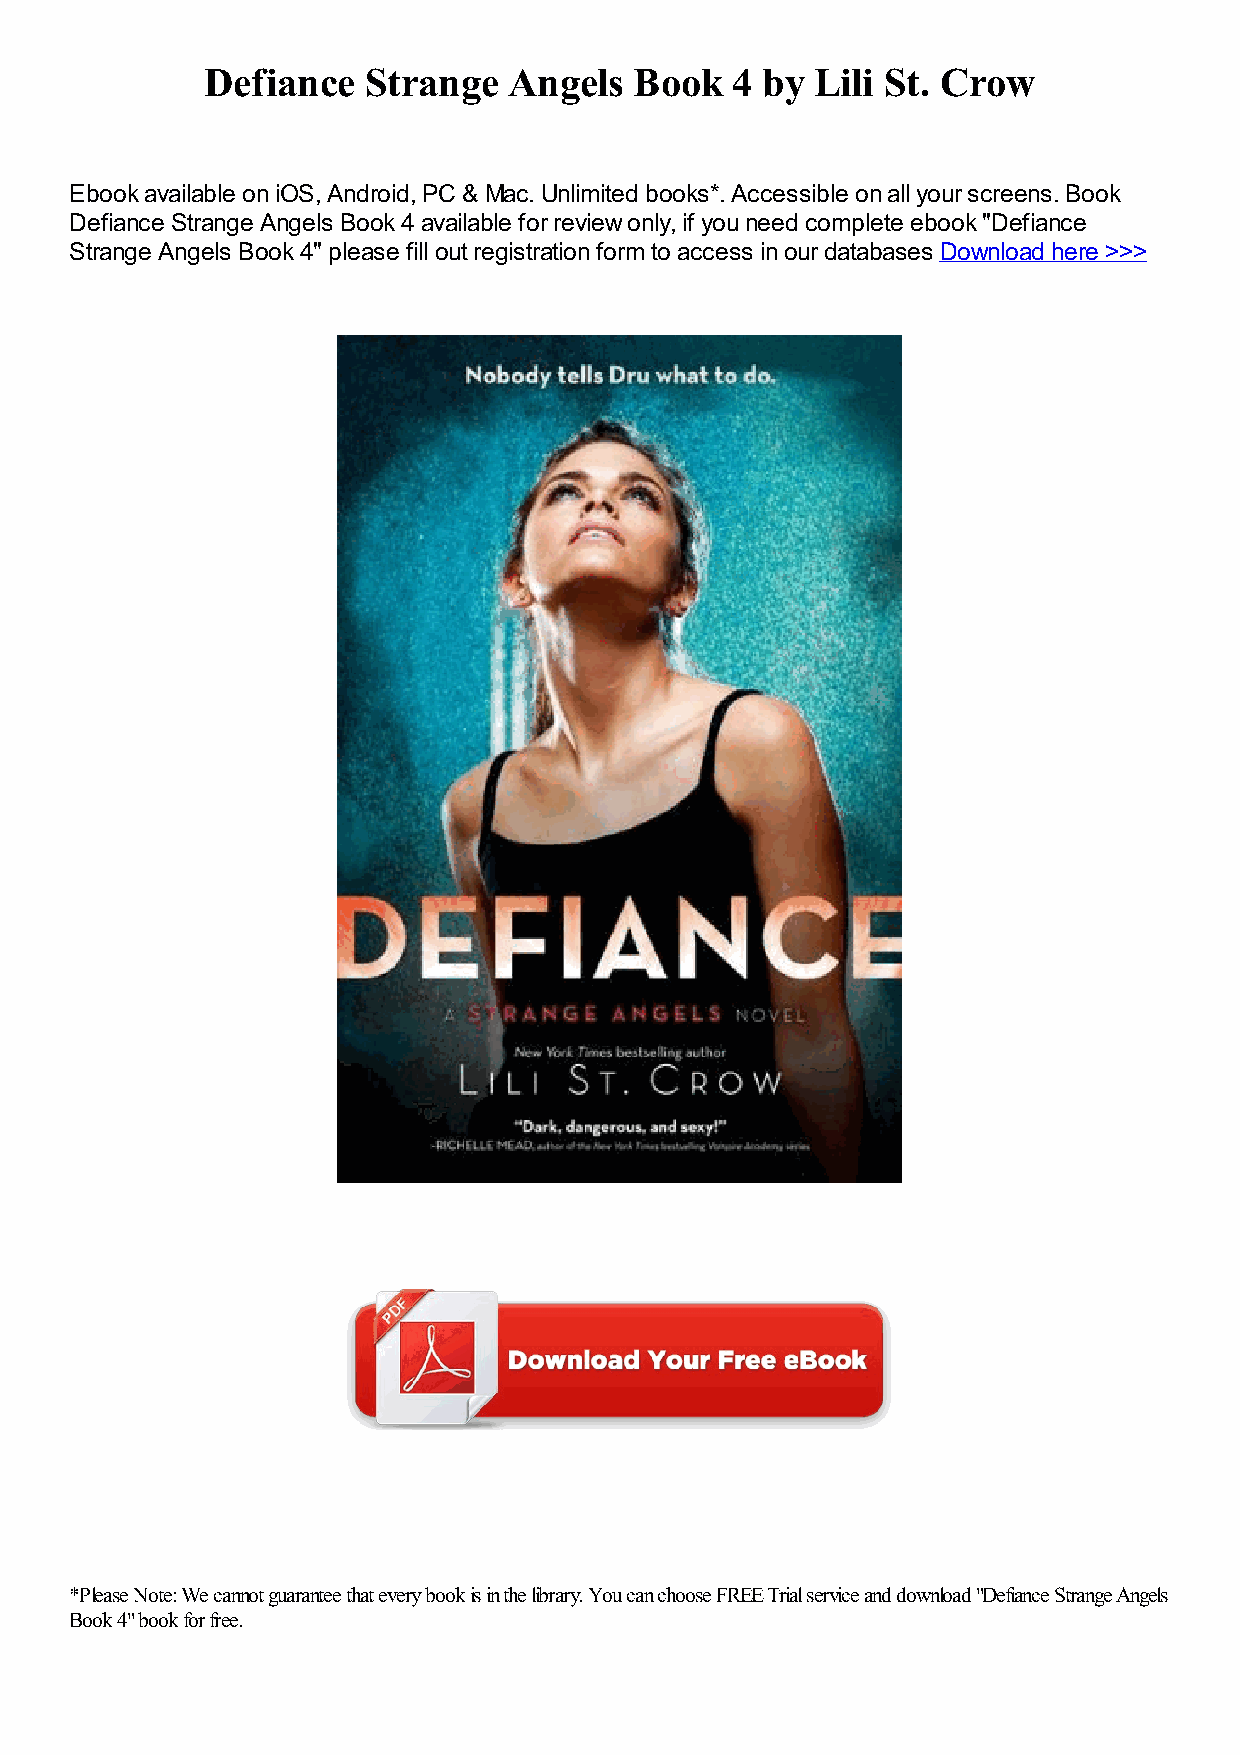
Defiance  Strange   Angels  Book  4 by  Lili St. Crow
 Ebook available on iOS, Android, PC & Mac. Unlimited books*. Accessible on all your screens. Book
 Defiance Strange Angels Book 4 available for review only, if you need complete ebook "Defiance
 Strange Angels Book 4" please fill out registration form to access in our databases Download here >>>
 *Please Note: We cannot guarantee that every book is in the library. You can choose FREE Trial service and download "Defiance Strange Angels
 Book 4" book for free.